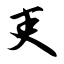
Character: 吏